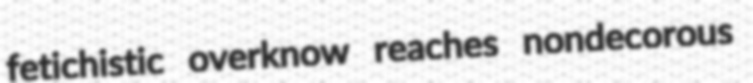
fetichistic overknow reaches nondecorous